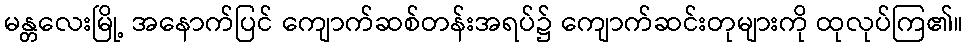
မန္တလေးမြို့ အနောက်ပြင် ကျောက်ဆစ်တန်းအရပ်၌ ကျောက်ဆင်းတုများကို ထုလုပ်ကြ၏။